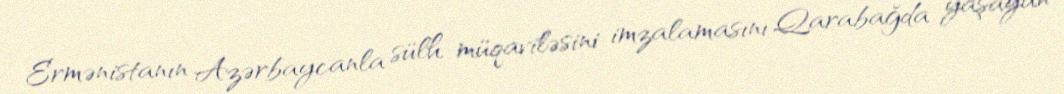
Ermənistanın Azərbaycanla sülh müqaviləsini imzalamasını Qarabağda yaşayan